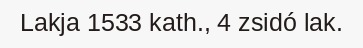
Lakja 1533 kath., 4 zsidó lak.